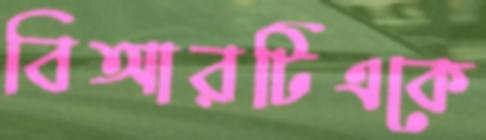
বিআরটিএকে